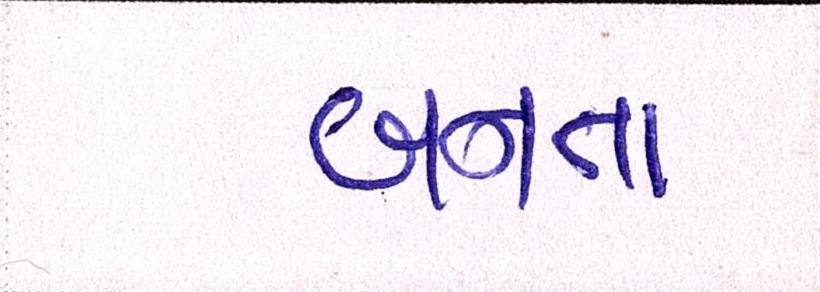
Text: બનતા